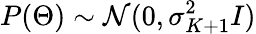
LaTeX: P(\Theta)\sim\mathcal{N}(0,\sigma_{K+1}^{2}I)